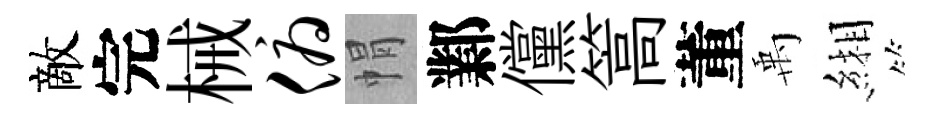
敵完械俯㡌鄴儻篙董禹緗